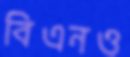
বিএনও